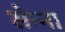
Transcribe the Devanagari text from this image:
सेन्‍ना